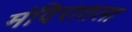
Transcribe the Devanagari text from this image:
मंदिरातला